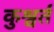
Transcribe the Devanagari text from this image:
कुश्वर्त